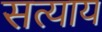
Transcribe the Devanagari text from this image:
सत्याय